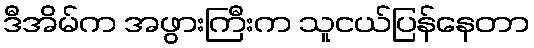
ဒီအိမ်က အဖွားကြီးက သူငယ်ပြန်နေတာ